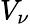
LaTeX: V_{\nu}